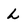
Character: L